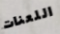
اللعنات